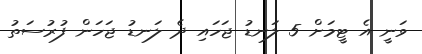
ވަނީ އެ ޓީމަށްް 5 ލަނޑު ޖަހައި ދެ ލަނޑު ޖަހަން ފުރުސަތު